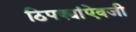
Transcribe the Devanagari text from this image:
ठिपक्यांऐवजी